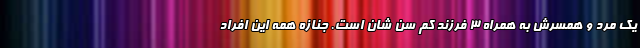
یک مرد و همسرش به همراه 3 فرزند کم سن شان است. جنازه همه این افراد